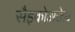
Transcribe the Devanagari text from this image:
सैइकोअक्तेव